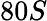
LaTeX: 80S